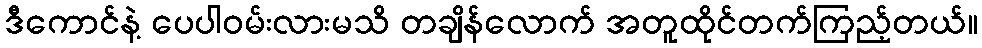
ဒီကောင်နဲ့ ပေပါဝမ်းလားမသိ တချိန်လောက် အတူထိုင်တက်ကြည့်တယ်။